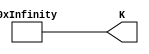
`timescale 1ns / 1ps
//////////////////////////////////////////////////////////////////////////////////
// Company: 
// Engineer: 
// 
// Design Name: 
// Module Name:    BlockK 
// Project Name: 
// Target Devices: 
// Tool versions: 
// Description: 
//
// Dependencies: 
//
// Revision: 
// Revision 0.01 - File Created
// Additional Comments: 
//
//////////////////////////////////////////////////////////////////////////////////
module BlockK #(parameter nBits=32, parameter M=32, parameter N=16)(
	output [M*N*nBits-1:0]K
    );
assign K={32'h00000156,
32'hffffff0e,
32'h000001a9,
32'h0000004b,
32'hfffffefb,
32'h00000131,
32'hfffffff2,
32'h000001b8,
32'h000000c3,
32'h0000014c,
32'hfffffe9d,
32'h000000b5,
32'h00000161,
32'h00000022,
32'h0000006f,
32'h000000a0,
32'h00000109,
32'hfffffe53,
32'h00000108,
32'hffffff8d,
32'h000002a9,
32'hfffffe41,
32'hffffffb1,
32'h00000118,
32'hfffffeb1,
32'hffffff36,
32'h000000b1,
32'hffffff8e,
32'h0000016f,
32'hfffffee3,
32'hfffffef3,
32'h0000006c,
32'hfffffe89,
32'hfffffec4,
32'h0000002f,
32'hfffffe53,
32'hfffffed8,
32'hffffffb3,
32'hffffffdf,
32'hffffffc4,
32'hfffffffc,
32'hffffff3c,
32'h000000d4,
32'h000000fe,
32'h000000b9,
32'hfffffed5,
32'h000001f0,
32'h00000082,
32'h00000148,
32'h00000074,
32'hffffff69,
32'hffffff1e,
32'h0000006a,
32'h00000026,
32'hffffff59,
32'hffffff37,
32'h000001eb,
32'hffffff75,
32'h000000ad,
32'h0000011c,
32'h00000019,
32'h00000023,
32'hffffff36,
32'h000001c3,
32'h0000010a,
32'h00000043,
32'hfffffef2,
32'hfffffe1c,
32'hffffff02,
32'hfffffe7b,
32'hffffffb5,
32'hffffff34,
32'hfffffefd,
32'h00000122,
32'hfffffeb6,
32'hffffff7e,
32'h000000e4,
32'h000000b3,
32'hffffffd9,
32'hffffffdf,
32'hffffff67,
32'hfffffea2,
32'hffffff9a,
32'h0000010c,
32'hfffffec2,
32'hfffffe41,
32'hffffffec,
32'h0000006d,
32'h00000184,
32'hfffffec8,
32'hfffffe93,
32'hfffffe59,
32'hffffff52,
32'hffffffd4,
32'hffffff7d,
32'h00000129,
32'hffffff47,
32'h000001d2,
32'h000000b3,
32'hffffff6c,
32'hffffff54,
32'hffffff95,
32'h0000016b,
32'h00000037,
32'h00000121,
32'hffffff4e,
32'hffffff72,
32'h00000052,
32'h0000018f,
32'hfffffe36,
32'hfffffe35,
32'hfffffea2,
32'h0000013b,
32'hfffffe8d,
32'hfffffec6,
32'h00000021,
32'h00000006,
32'h000001a1,
32'h000000b9,
32'hfffffeda,
32'h0000008d,
32'hffffff0a,
32'h0000001f,
32'hfffffeb4,
32'h00000138,
32'hffffffb3,
32'h00000059,
32'hfffffebb,
32'h00000023,
32'h00000099,
32'h000000fe,
32'hfffffed6,
32'hffffffbe,
32'h0000010c,
32'h0000010c,
32'hffffff8f,
32'hffffffff,
32'h00000231,
32'h0000014a,
32'hfffffcc4,
32'hffffff0a,
32'hfffffdd3,
32'hffffffe3,
32'h0000020b,
32'h0000028f,
32'h00000076,
32'hfffffe5d,
32'h0000012c,
32'hffffff59,
32'hfffffe52,
32'h00000045,
32'h0000014e,
32'h0000006d,
32'h000000cc,
32'h000000e7,
32'h000000fc,
32'hfffffe9c,
32'hfffffd5d,
32'h00000195,
32'hfffffed8,
32'h0000011b,
32'hffffff4f,
32'h000002b5,
32'h000000e7,
32'h00000183,
32'hfffffe91,
32'h000003e0,
32'hfffffbb3,
32'hfffffff1,
32'h00000011,
32'hfffffd90,
32'h000001ca,
32'hfffffead,
32'hffffffa7,
32'h00000196,
32'h000000bb,
32'h000001de,
32'hfffffe63,
32'h000001b7,
32'h0000007f,
32'hfffffbd6,
32'h000000e0,
32'hffffff52,
32'hfffffe97,
32'hfffffcd8,
32'hfffffe64,
32'h0000017d,
32'h0000015f,
32'hfffffe1c,
32'hffffff40,
32'hfffffc59,
32'hfffffff0,
32'hfffffff5,
32'h00000100,
32'hfffffe82,
32'hffffffcb,
32'h000000d4,
32'h000001f0,
32'hffffff39,
32'h00000073,
32'hfffffe11,
32'hfffffe74,
32'hfffffcdf,
32'h00000071,
32'hffffff7d,
32'hfffffdb7,
32'h00000040,
32'h00000195,
32'hffffffb0,
32'h0000005e,
32'hfffffba1,
32'h000001b4,
32'hfffffe86,
32'hffffffea,
32'h0000083c,
32'h0000032b,
32'hfffffcee,
32'hffffff56,
32'h00000275,
32'h00000173,
32'h0000029a,
32'h000002c8,
32'hffffff40,
32'h000004ed,
32'h000002b7,
32'h0000022f,
32'h0000026e,
32'hfffffcb1,
32'hffffff9a,
32'h0000001a,
32'h00000175,
32'h000002a9,
32'h00000001,
32'hfffffb81,
32'h00000009,
32'hfffffe12,
32'hfffffdaa,
32'h0000026d,
32'h00000249,
32'hffffff34,
32'hfffffeee,
32'hfffffc6d,
32'hfffffe68,
32'hfffffc39,
32'h00000169,
32'h0000011c,
32'h00000247,
32'h00000205,
32'h0000014d,
32'h000001b3,
32'hfffffec4,
32'h000001a1,
32'hfffffc29,
32'h00000006,
32'hfffffd7a,
32'hfffffe3b,
32'hfffffe5f,
32'hffffffb5,
32'hfffffca4,
32'hfffffe76,
32'hffffffaf,
32'h000001e2,
32'h000003dc,
32'h00000115,
32'hffffffae,
32'h0000026d,
32'hfffffef4,
32'h0000007c,
32'hffffff71,
32'hfffffffa,
32'h0000008d,
32'h0000053e,
32'h0000022a,
32'h000001e2,
32'h00000405,
32'hffffff54,
32'h00000071,
32'hffffffb5,
32'hfffffd05,
32'hfffffe37,
32'h0000019d,
32'hfffffdf8,
32'hffffff88,
32'hfffffe01,
32'hffffff32,
32'h00000147,
32'h00000375,
32'hfffffe78,
32'h000000b9,
32'hfffffdac,
32'h00000231,
32'hfffffdee,
32'hffffffd6,
32'h0000007c,
32'hfffffe58,
32'hfffffed2,
32'h00000187,
32'h00000115,
32'h00000013,
32'hffffff98,
32'hfffffcfc,
32'hffffff86,
32'hffffff43,
32'hfffffd80,
32'h000000e1,
32'h000000b1,
32'h0000025c,
32'hffffff9a,
32'h000001b0,
32'hfffffed2,
32'hfffffd6d,
32'hfffffd8f,
32'h00000292,
32'h0000004f,
32'hfffffdfd,
32'hfffffe91,
32'hffffff67,
32'hffffff12,
32'h0000026f,
32'hfffffe54,
32'h0000008a,
32'h000001a6,
32'h00000155,
32'h00000056,
32'hfffffe1e,
32'hffffff17,
32'hfffffeb1,
32'h0000013a,
32'hffffff67,
32'hfffffdda,
32'h0000022e,
32'hfffffe14,
32'h000001a7,
32'h0000010e,
32'hfffffec4,
32'hffffff72,
32'hffffff89,
32'hffffffb8,
32'hffffff19,
32'h000001c6,
32'hfffffdff,
32'hffffff72,
32'hffffff71,
32'hffffffee,
32'hfffffe07,
32'hffffff54,
32'h000001a8,
32'h000000fd,
32'h000002a5,
32'h00000133,
32'hfffffe79,
32'h000000df,
32'hffffff7d,
32'hfffffdf7,
32'hfffffeea,
32'hffffff7a,
32'hffffff40,
32'h000000ab,
32'h00000209,
32'h00000035,
32'h00000023,
32'h000001b6,
32'hffffffde,
32'h000000fe,
32'hffffffd9,
32'h000000b2,
32'hffffff5e,
32'h0000024d,
32'h000000ba,
32'h00000012,
32'h000001eb,
32'hfffffecb,
32'hfffffff5,
32'h00000027,
32'hfffffe9b,
32'hffffffa7,
32'h00000008,
32'hffffff05,
32'h00000093,
32'hfffffeb8,
32'hfffffe5c,
32'h00000013,
32'h000000e3,
32'hfffffe6f,
32'hffffff81,
32'hffffffcf,
32'h00000015,
32'hffffffdb,
32'h0000008f,
32'h000000e1,
32'hffffff85,
32'hffffff67,
32'hffffff9a,
32'h00000117,
32'hffffffb5,
32'h00000066,
32'hfffffe75,
32'hffffff38,
32'hfffffff6,
32'hffffffcb,
32'hffffffe3,
32'hffffff4d,
32'h0000015e,
32'h000000f2,
32'h0000012b,
32'hffffff12,
32'hffffff21,
32'hfffffed8,
32'h000000fc,
32'hfffffffc,
32'hffffff58,
32'hffffff92,
32'h00000011,
32'hffffff99,
32'hffffff66,
32'hfffffe5c,
32'h00000042,
32'h0000012b,
32'hfffffe65,
32'hffffff3b,
32'hffffffe8,
32'hffffff9f,
32'hffffffe3,
32'h000001e9,
32'h00000094,
32'h0000000f,
32'hffffff52,
32'hffffff95,
32'h0000003a,
32'hffffffce,
32'h00000084,
32'h00000128,
32'hffffffd1,
32'hfffffe47,
32'hffffff99,
32'h000000df,
32'hffffff06,
32'h0000008f,
32'h0000002b,
32'hffffff18,
32'hfffffebe,
32'h000000c8,
32'h0000019f,
32'h0000013d,
32'h00000016,
32'h000000bd,
32'hfffffe56,
32'h0000000e,
32'h00000067,
32'h000001c6,
32'hffffff8f,
32'hffffffa6,
32'h000000c5,
32'h00000046,
32'hffffffa2,
32'h0000012d,
32'h00000136,
32'hffffff3d,
32'hfffffefa,
32'hfffffee8,
32'hfffffffe,
32'hffffffa9,
32'h000001e5,
32'h00000025,
32'hffffff61,
32'hffffff27,
32'h000000d8,
32'h000000b6,
32'h0000000c,
32'hffffff89,
32'h00000058,
32'hfffffedf,
32'hffffffdd,
32'h000000ea,
32'h0000009a,
32'hfffffff3,
32'h00000042,
32'h00000042,
32'hffffff25,
32'h00000063,
32'h000000bf,
32'h0000003e,
32'h0000015b,
32'hfffffeb7,
32'h00000058,
32'h0000005f,
32'hfffffee5,
32'hffffffaf,
32'h0000001f,
32'hfffffe7d,
32'h000000aa,
32'hffffff3c,
32'h0000007b,
32'h000001c7,
32'h00000041,
32'hfffffed9,
32'hffffffbc,
32'h00000124,
32'hffffff44,
32'h00000012,
32'hffffffce,
32'hffffff88,
32'hffffff94,
32'h00000020,
32'h00000057,
32'hffffff82,
32'hffffff84,
32'hffffff9a,
32'h0000014c,
32'hffffff03,
32'h00000052,
32'h000000c3
};
endmodule